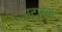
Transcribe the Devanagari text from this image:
भटारक